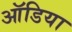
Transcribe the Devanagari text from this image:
ऑडिया